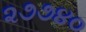
૨૭૭૪૦